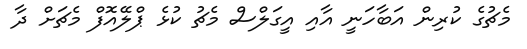
މެޗުގެ ކުރިން އަބާހަނީ އާއި އީގަލްސް މެޗު ކުޅެ ޕްލޭއޮފް މެޗަށް ދާ